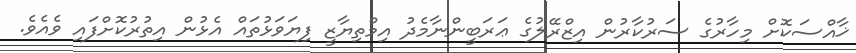
ޚާއްސަކޮށް މިހާރުގެ ސަރުކާރުން އިޒްރޭލުގެ ޢަރަބީންނާމެދު އިމްތިޔާޒީ ފިޔަވަޅުތައް އެޅުން އިތުރުކޮށްފައި ވެއެވެ.